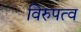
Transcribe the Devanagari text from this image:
विरुपत्व